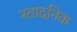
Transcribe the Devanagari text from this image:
स्तादनिक